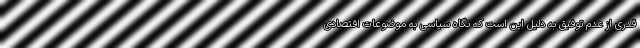
قدری از عدم توفیق به دلیل این است که نگاه سیاسی به موضوعات اقتصادی